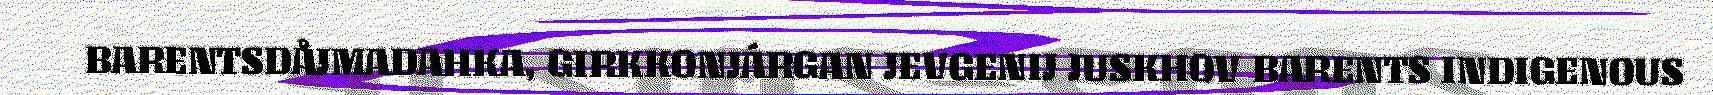
BARENTSDÅJMADAHKA, GIRKKONJÁRGAN JEVGENIJ JUSKHOV BARENTS INDIGENOUS